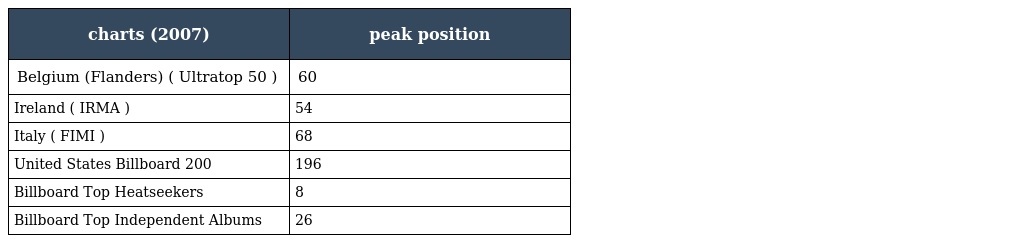
| charts (2007) | peak position |
 | --- | --- |
 | Belgium (Flanders) ( Ultratop 50 ) | 60 |
 | Ireland ( IRMA ) | 54 |
 | Italy ( FIMI ) | 68 |
 | United States Billboard 200 | 196 |
 | Billboard Top Heatseekers | 8 |
 | Billboard Top Independent Albums | 26 |